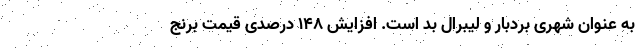
به عنوان شهری بردبار و لیبرال بد است. افزایش ۱۴۸ درصدی قیمت برنج